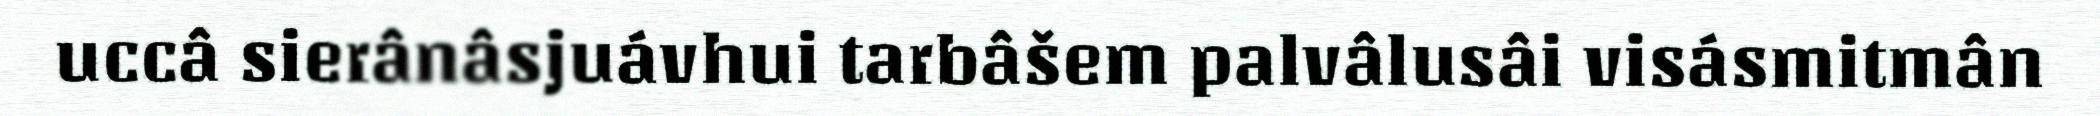
uccâ sierânâsjuávhui tarbâšem palvâlusâi visásmitmân